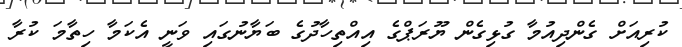
ކުރިއަށް ގެންދިއުމާ ގުޅިގެން ޔޫރަޕްގެ އިއްތިހާދުގެ ބަޔާނުގައި ވަނީ އެކަމާ ހިތާމަ ކުރާ